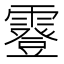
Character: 霯